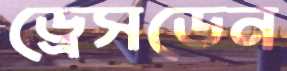
ড্রেসডেন